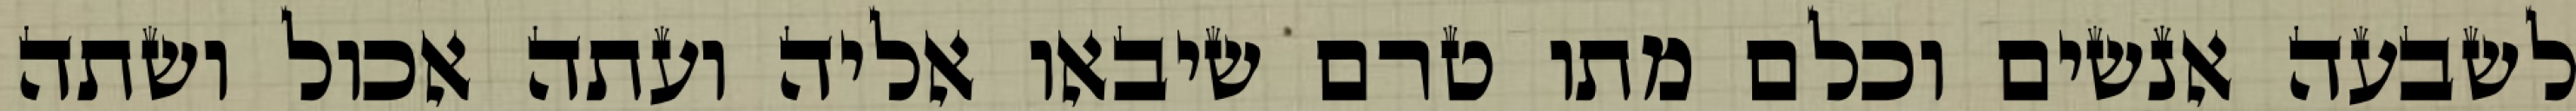
לשבעה אנשים וכלם מתו טרם שיבאו אליה ועתה אכול ושתה